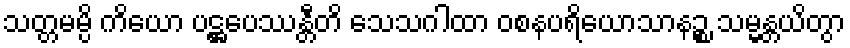
သတ္တမမ္ပိ ကိယော ပဋ္ဌပေဿန္တီတိ သေသဂါထာ ဝစနပရိယောသာနဉ္စ သမ္မန္တယိတွာ